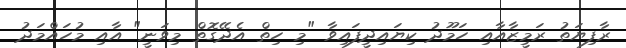
ރާފިޔަތު ރަމީޒާއާއި ހަމޫދު ކިޔައިދީފައިވާ "މި ހިތް އެދޭގޮތް މިވަނީ" އާއި މުހައްމަދު